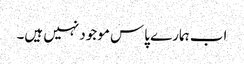
اب ہمارے پاس موجود نہیں ہیں۔